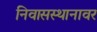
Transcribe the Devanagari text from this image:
निवासस्थानावर